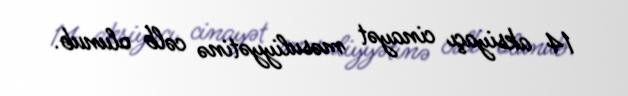
14 aksiyaçı cinayət məsuliyyətinə cəlb olunub.